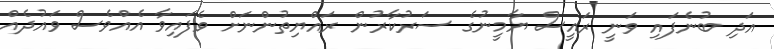
އަދި ބުނެފައި ވަނީ ރައީސް ޔާމީނުގެ ސަރުކާރުން ރައްޔިތުންނަށް ވެފައިވާ އެއްވެސް ވައުދެއް